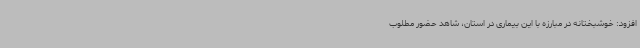
افزود: خوشبختانه در مبارزه با این بیماری در استان، شاهد حضور مطلوب